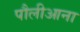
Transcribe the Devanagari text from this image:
पौलीआना